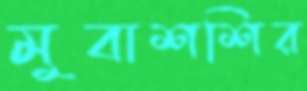
মুবাশশির